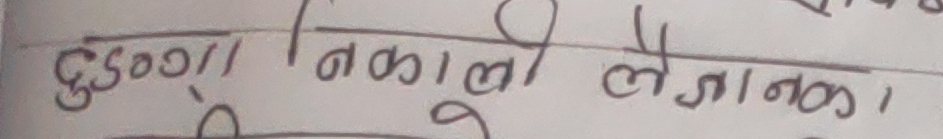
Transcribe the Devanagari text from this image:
६००।। निकाल्यो लेजानको